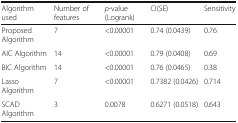
| Algorithm used | Number of features | p-value (Logrank) | CI(SE) | Sensitivity |
 | --- | --- | --- | --- | --- |
 | Proposed Algorithm | 7 | <0.00001 | 0.74 (0.0439) | 0.76 |
 | AIC Algorithm | 14 | <0.00001 | 0.79 (0.0408) | 0.69 |
 | BIC Algorithm | 14 | <0.00001 | 0.76 (0.0465) | 0.38 |
 | Lasso Algorithm | 7 | <0.00001 | 0.7382 (0.0426) | 0.714 |
 | SCAD Algorithm | 3 | 0.0078 | 0.6271 (0.0518) | 0.643 |